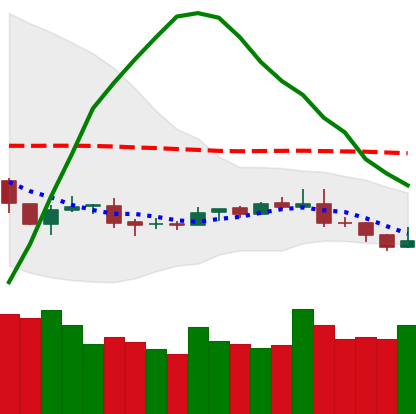
Ticker: NEO-USD
Chart end date: 2019-08-10
Forward return: -6.463%
Label: down_5_7